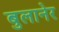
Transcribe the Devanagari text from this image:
बुलानेर